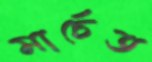
মার্চেত